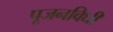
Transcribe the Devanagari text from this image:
पूजनविधी